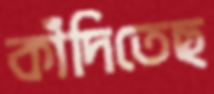
কাঁদিতেছ